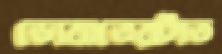
ডোবাতেরটাত